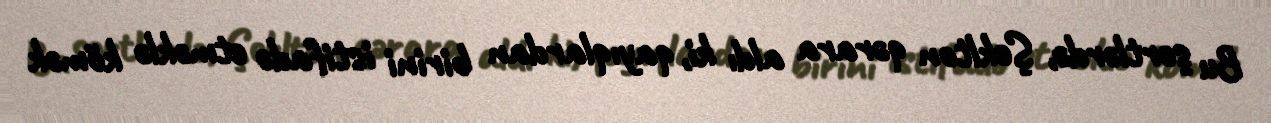
Bu şərtlərdə, Şeklton qərara aldı ki, qayıqlardan birini istifadə etməklə kömək